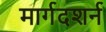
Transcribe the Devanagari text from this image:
मार्गदशर्न